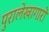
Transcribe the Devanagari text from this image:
पुरालेखागारों